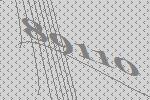
89110